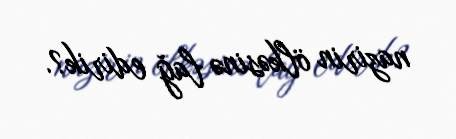
nazirin ölkəsinə lağ edirik?.